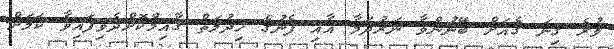
ވުރެ ގިނަ ގެއަށް ބޭނުންވާ ނަރުދަމާ އާއި ފެނުގެ ހިދުމަތް ގާއިމްކޮށްދެވިފައިވާ ކަމަށް